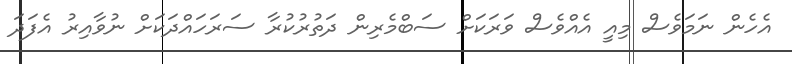
އެހެން ނަމަވެސް މިއީ އެއްވެސް ވަރަކަށް ސަބްމެރިން ދަތުރުކުރާ ސަރަހައްދަކަށް ނުވާއިރު އެފަދަ